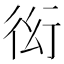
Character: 𲀜